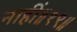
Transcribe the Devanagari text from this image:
नाहीं॥१९॥